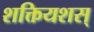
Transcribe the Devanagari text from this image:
शक्तियशस्